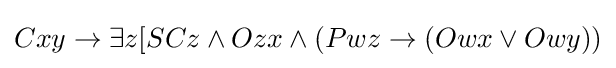
Cxy\rightarrow \exists z[SCz\land Ozx\land (Pwz\rightarrow (Owx\lor Owy))